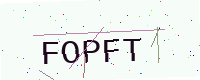
Text: FOPFT